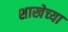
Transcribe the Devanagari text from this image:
शाखेच्‍या